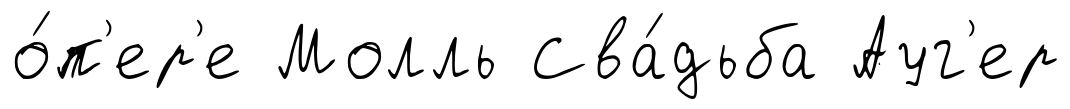
о́п'ер'е Молль Сва́дьба Ауг'ер